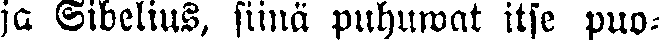
ja Sibelius, siinä puhuwat itse puo-